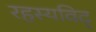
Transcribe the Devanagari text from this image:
रहस्यविद्